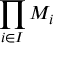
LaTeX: \prod _ { i \in I } M _ { i }